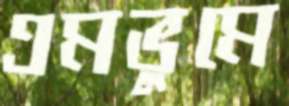
এমভুমে